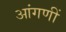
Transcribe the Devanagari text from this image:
आंगणीं